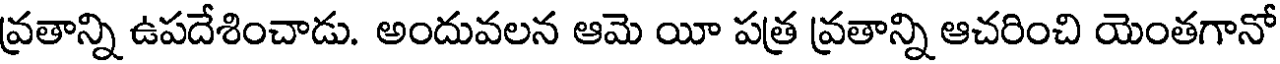
వ్రతాన్ని ఉపదేశించాడు. అందువలన ఆమె యీ పత్ర వ్రతాన్ని ఆచరించి యెంతగానో